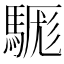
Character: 𩤴